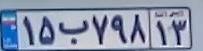
۱۵ب۷۹۸۱۳